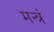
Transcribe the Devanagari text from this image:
मन्‍त्रं